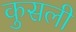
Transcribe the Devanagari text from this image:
कुसली